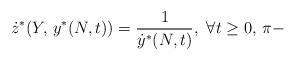
LaTeX: \begin{align*} \dot z^{*}(Y,\, y^{*}(N,t))=\frac{1}{\dot y^{*}(N,t)},\ \forall t\ge 0, \, \pi-\end{align*}